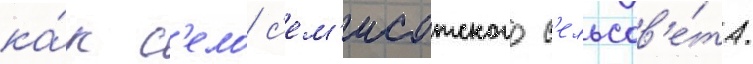
ка́к с'ело с'ем'исотского с'ельсов'е́та.